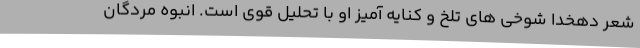
شعر دهخدا شوخی های تلخ و کنایه آمیز او با تحلیل قوی است. انبوه مردگان